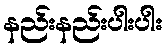
နည်းနည်းပါးပါး